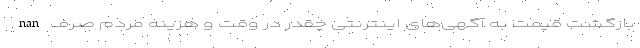
nan بازگشت قیمت به آگهی‌های اینترنتی چقدر در وقت و هزینه مردم صرف